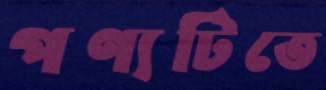
পণ্যটিতে